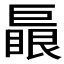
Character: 𱜛